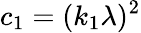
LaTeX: c_{1}=(k_{1}\lambda)^{2}